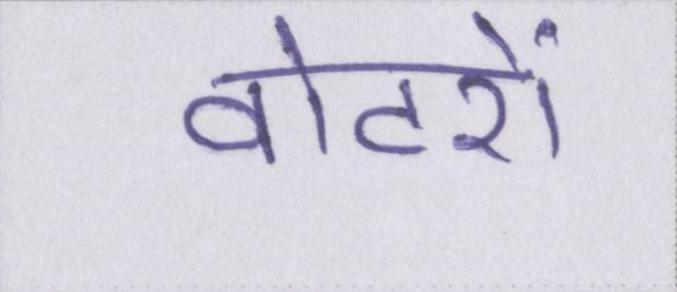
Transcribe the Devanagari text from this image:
वोटरों